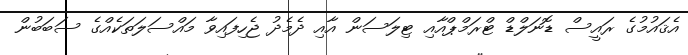
އެޤައުމުގެ ރައީސް ޑޮނަލްޑް ޓްރަމްޕްއާއި ޓިލަސަން އާއި ދެމެދު ޖެހިފައިވާ މައްސަލަތަކެއްގެ ސަބަބުން